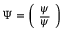
\Psi = \left( \begin{array} { c } { { \psi } } \\ { { \overline { { \psi } } } } \end{array} \right)